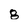
Character: 8